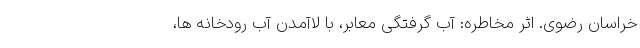
خراسان رضوی. اثر مخاطره: آب گرفتگی معابر، با لاآمدن آب رودخانه ها،